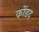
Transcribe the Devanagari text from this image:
कोंडद